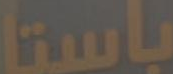
باستا